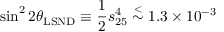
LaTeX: \sin ^ { 2 } 2 \theta _ { \mathrm { L S N D } } \equiv \frac { 1 } { 2 } s _ { 2 5 } ^ { 4 } \stackrel { < } { \sim } 1 . 3 \times 1 0 ^ { - 3 }